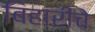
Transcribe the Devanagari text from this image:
बिहारींचे